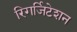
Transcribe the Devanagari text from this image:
रिगर्जिटेशन